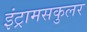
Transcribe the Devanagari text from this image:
इंट्रामसकुलर